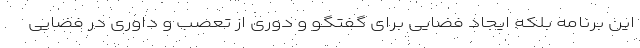
این برنامه بلکه ایجاد فضایی برای گفتگو و دوری از تعصب و داوری در فضایی